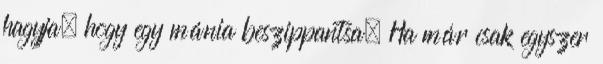
hagyja, hogy egy mánia beszippantsa. Ha már csak egyszer